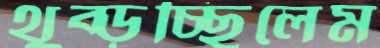
থুব্‌ড়চ্ছিলেম